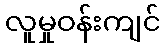
လူမှုဝန်းကျင်